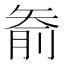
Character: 𱳟